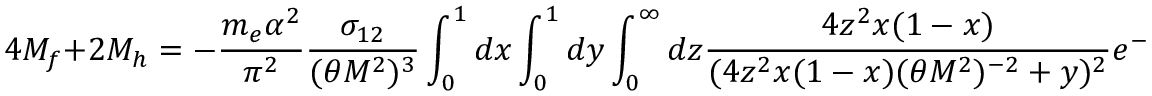
4 { \cal M } _ { f } + 2 { \cal M } _ { h } = - { \frac { m _ { e } \alpha ^ { 2 } } { \pi ^ { 2 } } } { \frac { \sigma _ { 1 2 } } { ( \theta M ^ { 2 } ) ^ { 3 } } } \int _ { 0 } ^ { 1 } d x \int _ { 0 } ^ { 1 } d y \int _ { 0 } ^ { \infty } d z { \frac { 4 z ^ { 2 } x ( 1 - x ) } { ( 4 z ^ { 2 } x ( 1 - x ) ( \theta M ^ { 2 } ) ^ { - 2 } + y ) ^ { 2 } } } e ^ { - z } \ .